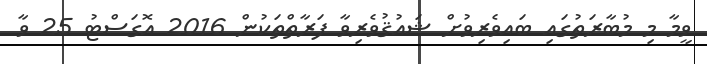
ވީމާ މި މުބާރަތުގައި ބައިވެރިވުށް ޝައުޤުވެރިވާ ފަރާތްތަކުން 2016 އޮގަސްޓު 25 ވާ